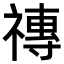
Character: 𥛥